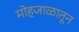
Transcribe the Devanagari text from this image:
मोहजाळातून